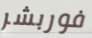
فوربشر